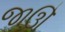
જાઊઁ